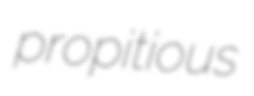
propitious